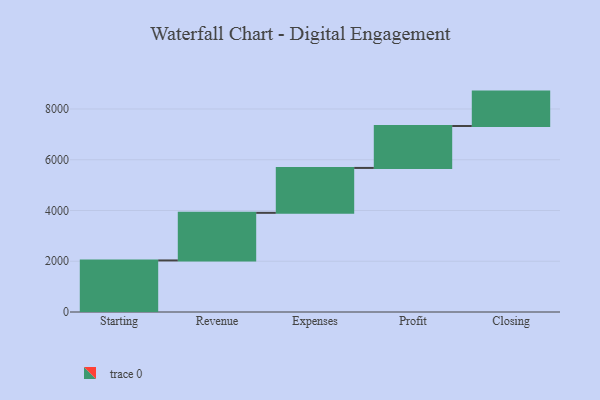
{"axis": {"x": "Step", "y": "Value"}, "legend": [""], "data": [{"x": "Starting", "y": 2032.0, "type": ""}, {"x": "Revenue", "y": 1876.0, "type": ""}, {"x": "Expenses", "y": 1770.0, "type": ""}, {"x": "Profit", "y": 1652.0, "type": ""}, {"x": "Closing", "y": 1356.0, "type": ""}]}